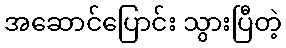
အဆောင်ပြောင်း သွားပြီတဲ့